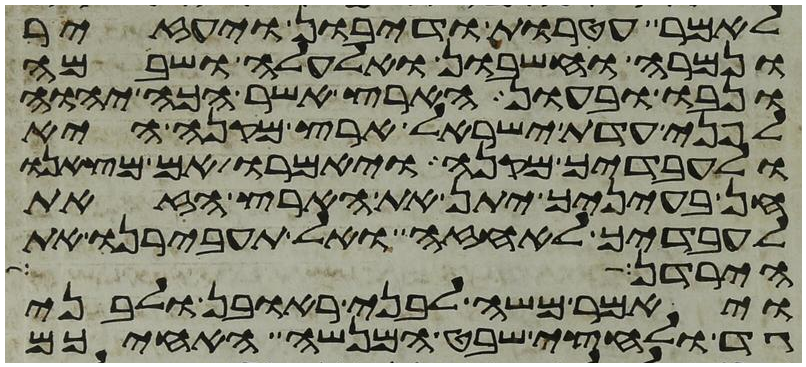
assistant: לאמר עטרות ודיבון ויעזיר
ונמרה וחשבון ואלעלה ושבם
ונבו ובעון הארץ אשר הכה יהוה
לפני עדת ישראל ארץ מקנה היא
ולעבדיך מקנה ויאמרו אם מצאנו
חן בעיניך יתן את הארץ הזאת
לעבדיך לאחזה ואל תעבירנו את
הירדן ההר
ויאמר משה לבני ראובן ולבני
גד ולחצי שבט המנשה האחיכם